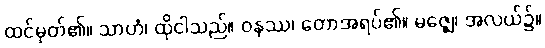
ထင်မှတ်၏။ သာဟံ၊ ထိုငါသည်။ ဝနဿ၊ တောအရပ်၏။ မဇ္ဈေ၊ အလယ်၌။